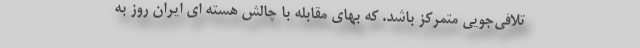
تلافی‌جویی متمرکز باشد. که بهای مقابله با چالش هسته ای ایران روز به